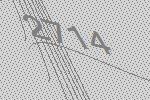
2714